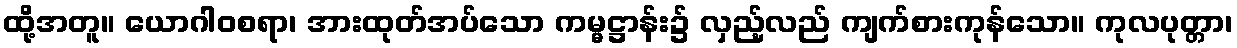
ထို့အတူ။ ယောဂါဝစရာ၊ အားထုတ်အပ်သော ကမ္မဋ္ဌာန်း၌ လှည့်လည် ကျက်စားကုန်သော။ ကုလပုတ္တာ၊